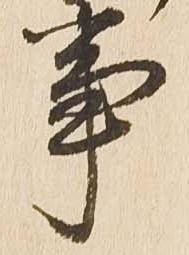
事